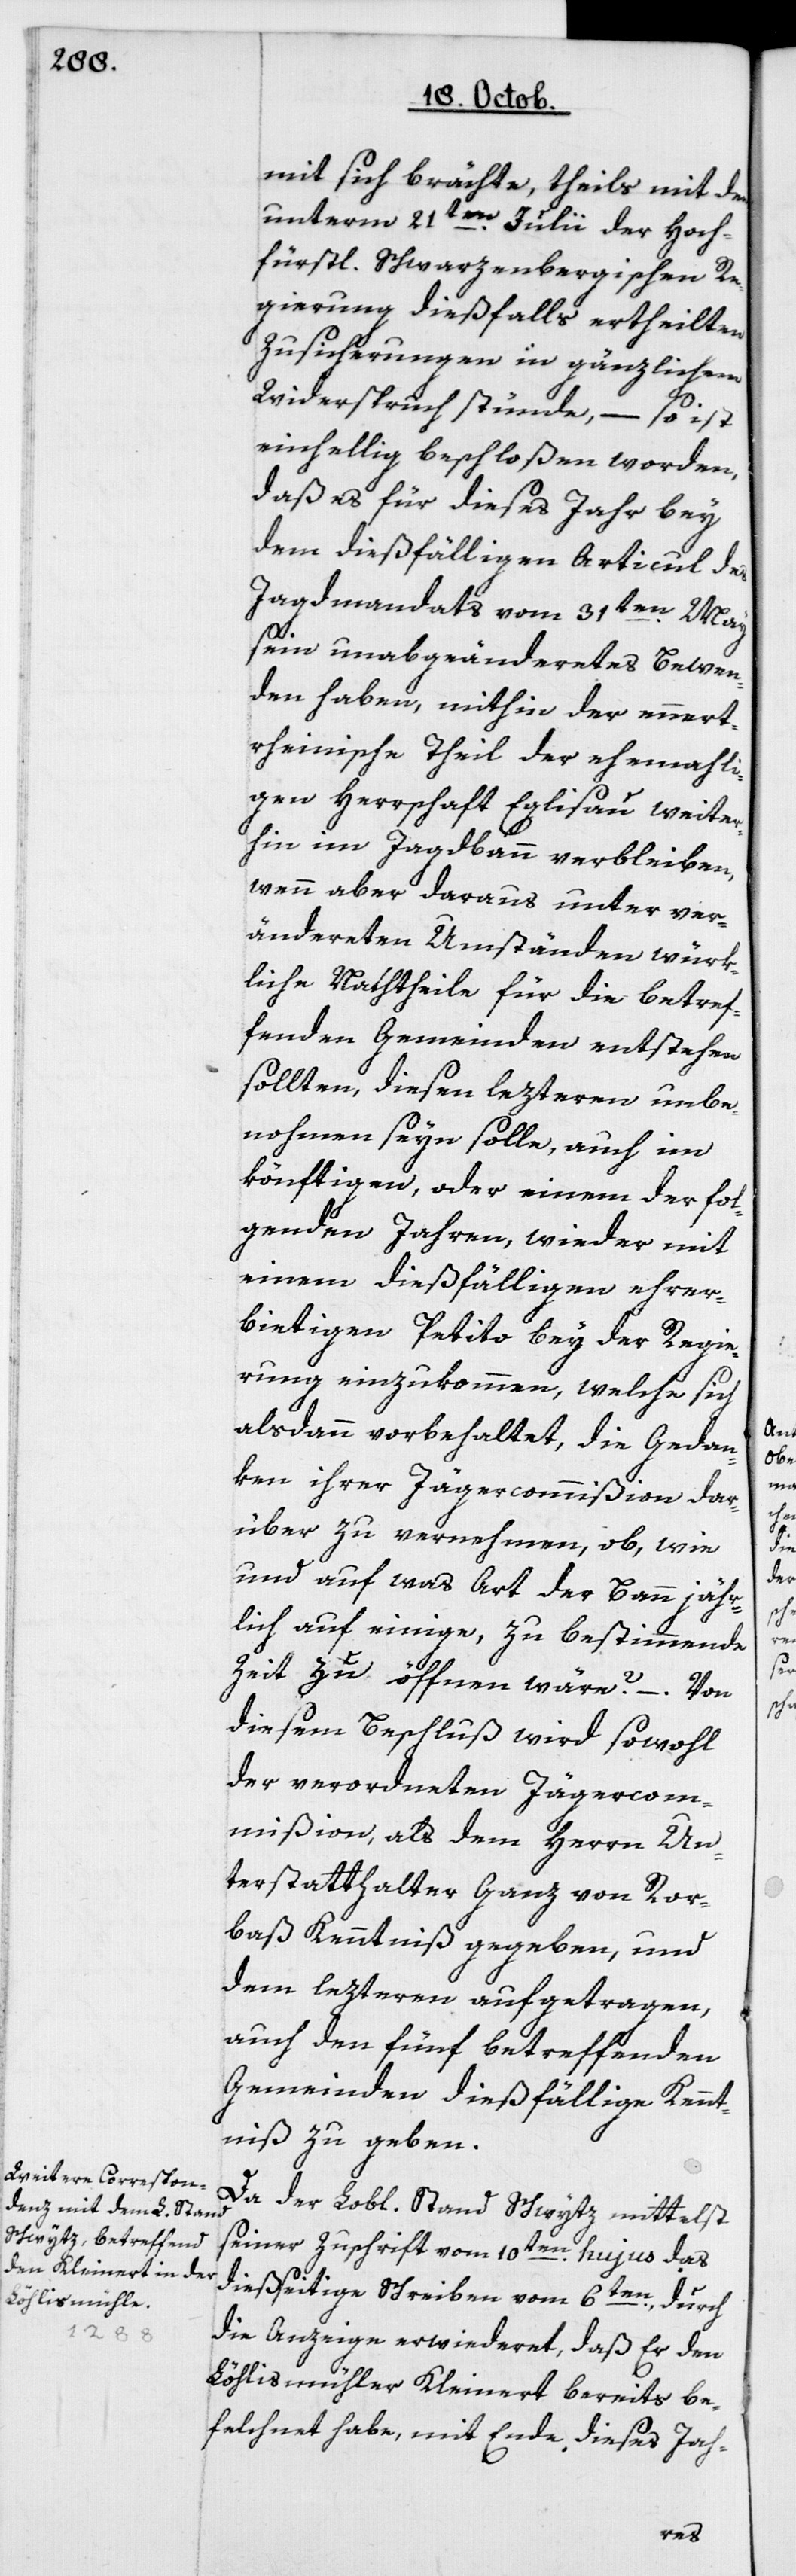
mit sich brächte, theils mit den
unterm 21ten Julii der Hoch¬
fürstlich Schwarzenbergischen Re¬
gierung dießfalls ertheilten
Zusicherungen in gänzlichem
Widerspruch stünde, – so ist
einhellig beschloßen worden,
daß es für dieses Jahr bey
dem dießfälligen Articul des
Jagdmandats vom 31ten May
sein unabgeändertes Bewen¬
den haben, mithin der ennert¬
rheinische Theil der ehemali¬
gen Herrschaft Eglisau weiter¬
hin im Jagdbann verbleiben,
wenn aber daraus unter ver¬
änderten Umständen würk¬
liche Nachtheile für die betref¬
fenden Gemeinden entstehen
sollten, diesen Lezteren unbe¬
nohmen sein solle, auch im
könftigen, oder einem der fol¬
genden Jahren, wieder mit
einem dießfälligen ehrer¬
bietigen Petito bey der Regie¬
rung einzukommen, welche sich
alsdann vorbehaltet, die Gedan¬
ken ihrer Jägercommißion dar¬
über zu vernehmen, ob, wie
und auf was Art der Bann jähr¬
lich auf einige, zu bestimmende
Zeit zu öffnen wäre? – Von
diesem Beschluß wird sowohl
der verordneten Jägercom¬
mißion als dem Herrn Un¬
terstatthalter Ganz von Ror¬
bas Kenntniß gegeben, und
dem lezteren aufgetragen,
auch den fünf betreffenden
Gemeinden dießfällige Kennt¬
niß zu geben.
Da der Lobl. Stand Schwytz mittelst
seiner Zuschrift vom 10ten hujus das
dießeitige Schreiben vom 6ten, durch
die Anzeige erwideret, daß Er den
Löhlismühler Kleinert bereits be¬
felchnet habe, mit Ende dieses Jah-